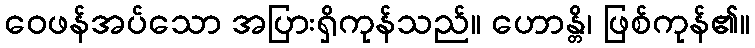
ဝေဖန်အပ်သော အပြားရှိကုန်သည်။ ဟောန္တိ၊ ဖြစ်ကုန်၏။